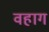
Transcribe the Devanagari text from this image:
वहाग